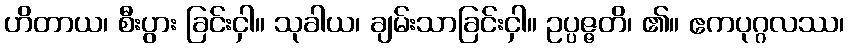
ဟိတာယ၊ စီးပွား ခြင်းငှါ။ သုခါယ၊ ချမ်းသာခြင်းငှါ။ ဥပ္ပဇ္ဇတိ၊ ၏။ ဧကပုဂ္ဂလဿ၊